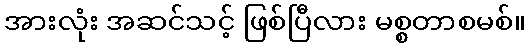
အားလုံး အဆင်သင့် ဖြစ်ပြီလား မစ္စတာစမစ်။